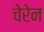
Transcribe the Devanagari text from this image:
चेरेन